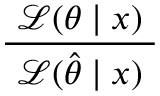
\frac { ~ { \mathcal { L } } ( \theta \mid x ) ~ } { ~ { \mathcal { L } } ( { \hat { \theta } } \mid x ) ~ }